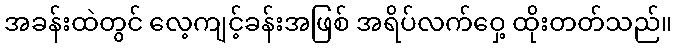
အခန်းထဲတွင် လေ့ကျင့်ခန်းအဖြစ် အရိပ်လက်ဝှေ့ ထိုးတတ်သည်။